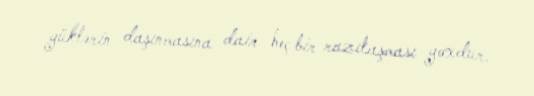
yüklərin daşınmasına dair heç bir razılaşması yoxdur.